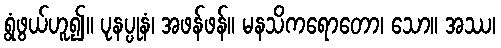
ရွံဖွယ်ဟူ၍။ ပုနပ္ပုနံ၊ အဖန်ဖန်။ မနသိကရောတော၊ သော။ အဿ၊